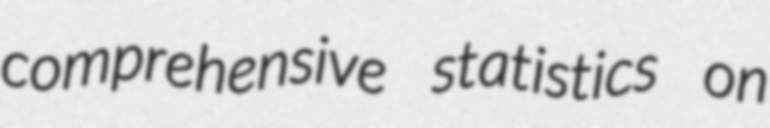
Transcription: comprehensive statistics on